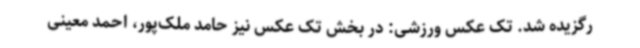
رگزیده شد. تک عکس ورزشی: در بخش تک عکس نیز حامد ملک‌پور، احمد معینی